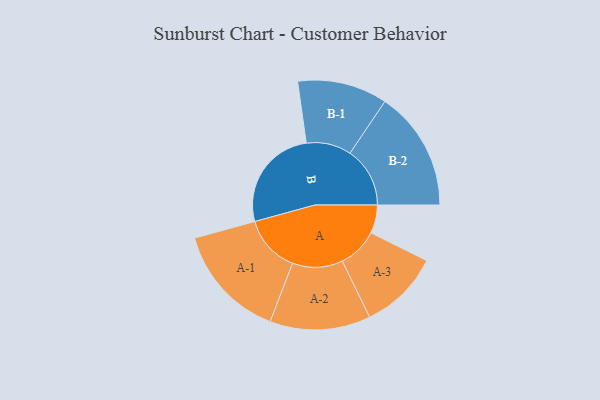
{"axis": {"x": "Segment", "y": "Value"}, "legend": ["", "A", "B"], "data": [{"x": "A", "y": 112, "type": ""}, {"x": "B", "y": 412, "type": ""}, {"x": "A-1", "y": 227, "type": "A"}, {"x": "A-2", "y": 199, "type": "A"}, {"x": "A-3", "y": 159, "type": "A"}, {"x": "B-1", "y": 178, "type": "B"}, {"x": "B-2", "y": 237, "type": "B"}]}